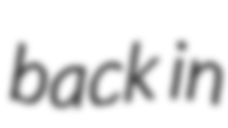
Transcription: back in